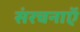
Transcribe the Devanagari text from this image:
संरचनाऍ